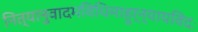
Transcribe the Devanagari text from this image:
नित्यानुवादमविधिमाहुर्न्यायविदः